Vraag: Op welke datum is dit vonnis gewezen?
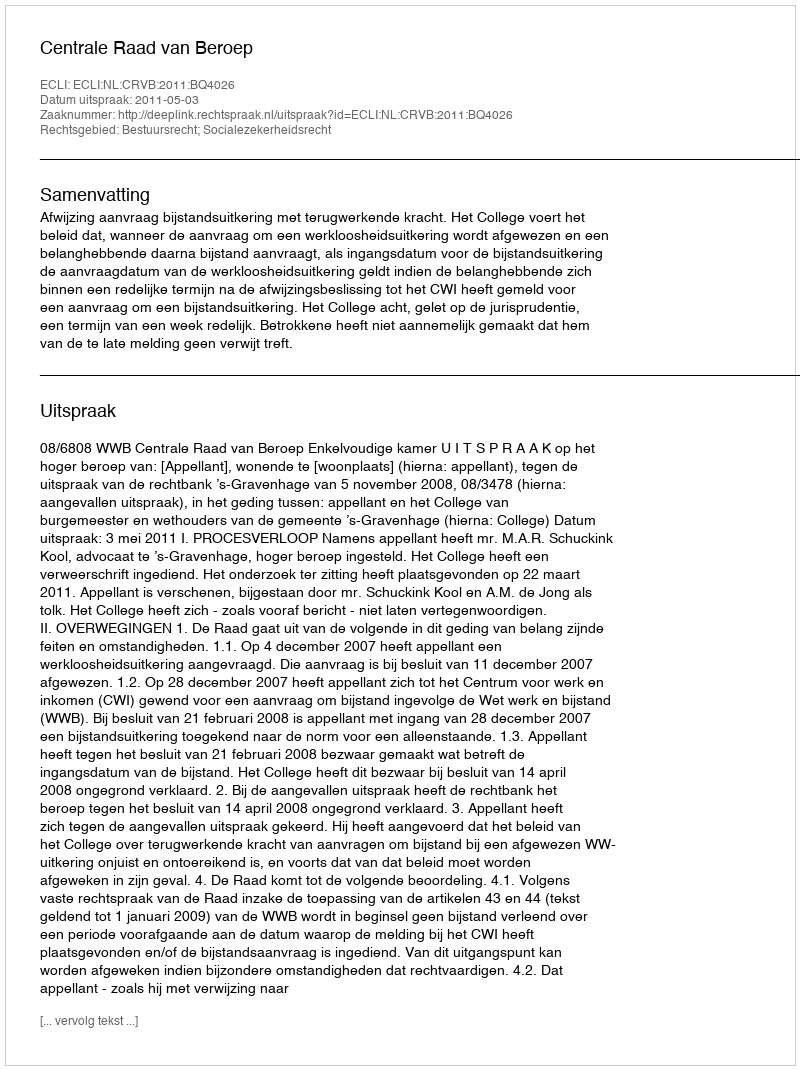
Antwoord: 2011-05-03